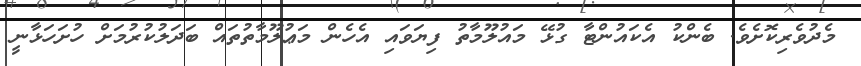
މެދުވެރިކޮށެވެ. ބެންކު އެކައުންޓާ ގުޅޭ މައުލޫމާތު ފިޔަވައި އެހެން މަޢުލޫމާތުތައް ބަދަލުކުރުމަށް ހުށަހަޅާނީ